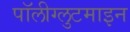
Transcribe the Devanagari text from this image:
पॉलीग्लुटमाइन